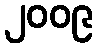
၂၀၀၉